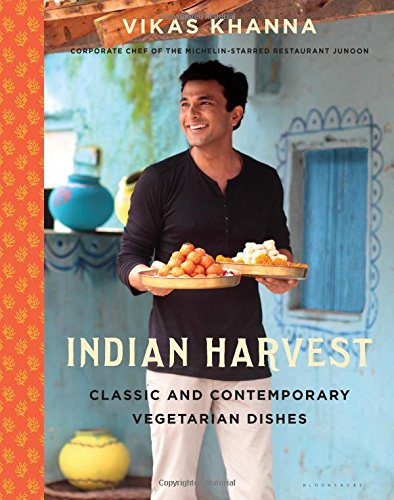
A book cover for Indian Harvest: Classic and Contemporary Vegetarian Dishes; Vikas Khanna; Cookbooks, Food & Wine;